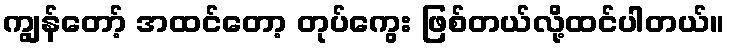
ကျွန်တော့် အထင်တော့ တုပ်ကွေး ဖြစ်တယ်လို့ထင်ပါတယ်။